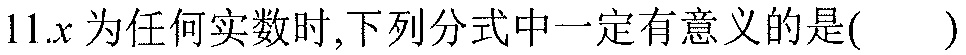
11.\(x\)为任何实数时,下列分式中一定有意义的是( )